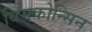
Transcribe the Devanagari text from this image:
विसकोन्सिन